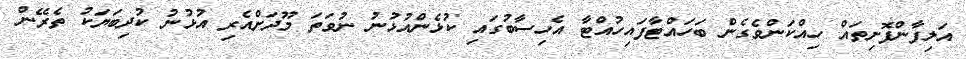
އަލިފާންފޮށިތައް ހިއްކަންވެގެން ބަހައްޓާފައިހުއްޓާ އެހިސާބުގައި ކުޅެންއުޅުނު ނުވަތަ މޫދަށްއެރި އުޅުނު ކުދިބަޔަކު ތެރޭން